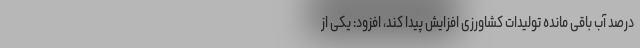
درصد آب باقی مانده تولیدات کشاورزی افزایش پیدا کند، افزود: یکی از